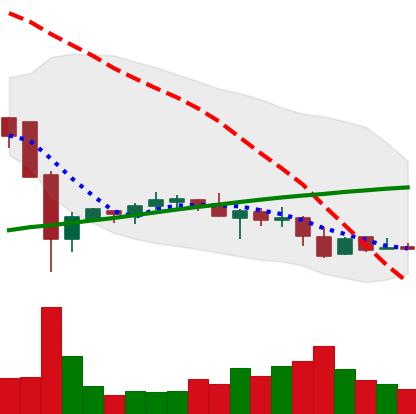
Ticker: LTC-USD
Chart end date: 2016-08-19
Forward return: 6.963%
Label: up_5_7